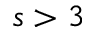
s > 3